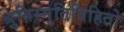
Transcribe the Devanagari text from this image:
श्रुतिस्मृतिविहितो